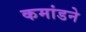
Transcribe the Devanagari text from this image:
कमांडने